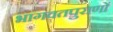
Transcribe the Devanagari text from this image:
भागवतपुराणों